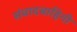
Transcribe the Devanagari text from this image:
संवादबाहिनी